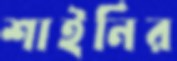
শাইনির